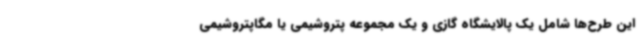
این طرح‌ها شامل یک پالایشگاه گازی و یک مجموعه پتروشیمی یا مگاپتروشیمی